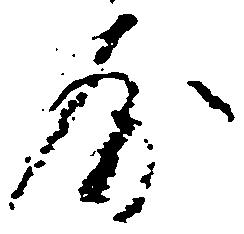
房